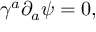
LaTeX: \gamma ^ { a } \partial _ { a } \psi = 0 ,